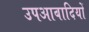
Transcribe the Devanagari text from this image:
उपआबादियों